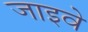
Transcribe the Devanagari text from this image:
जाइवे